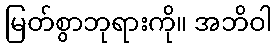
မြတ်စွာဘုရားကို။ အဘိဝါ